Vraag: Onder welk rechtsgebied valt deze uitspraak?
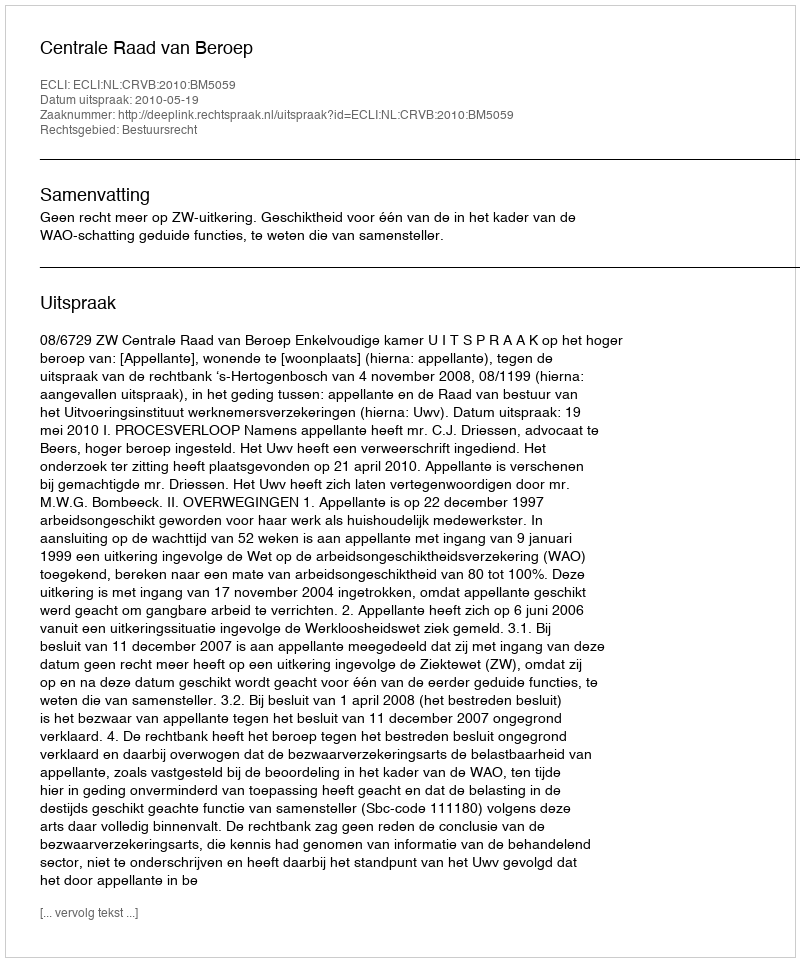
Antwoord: Bestuursrecht